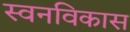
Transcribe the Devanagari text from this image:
स्वनविकास